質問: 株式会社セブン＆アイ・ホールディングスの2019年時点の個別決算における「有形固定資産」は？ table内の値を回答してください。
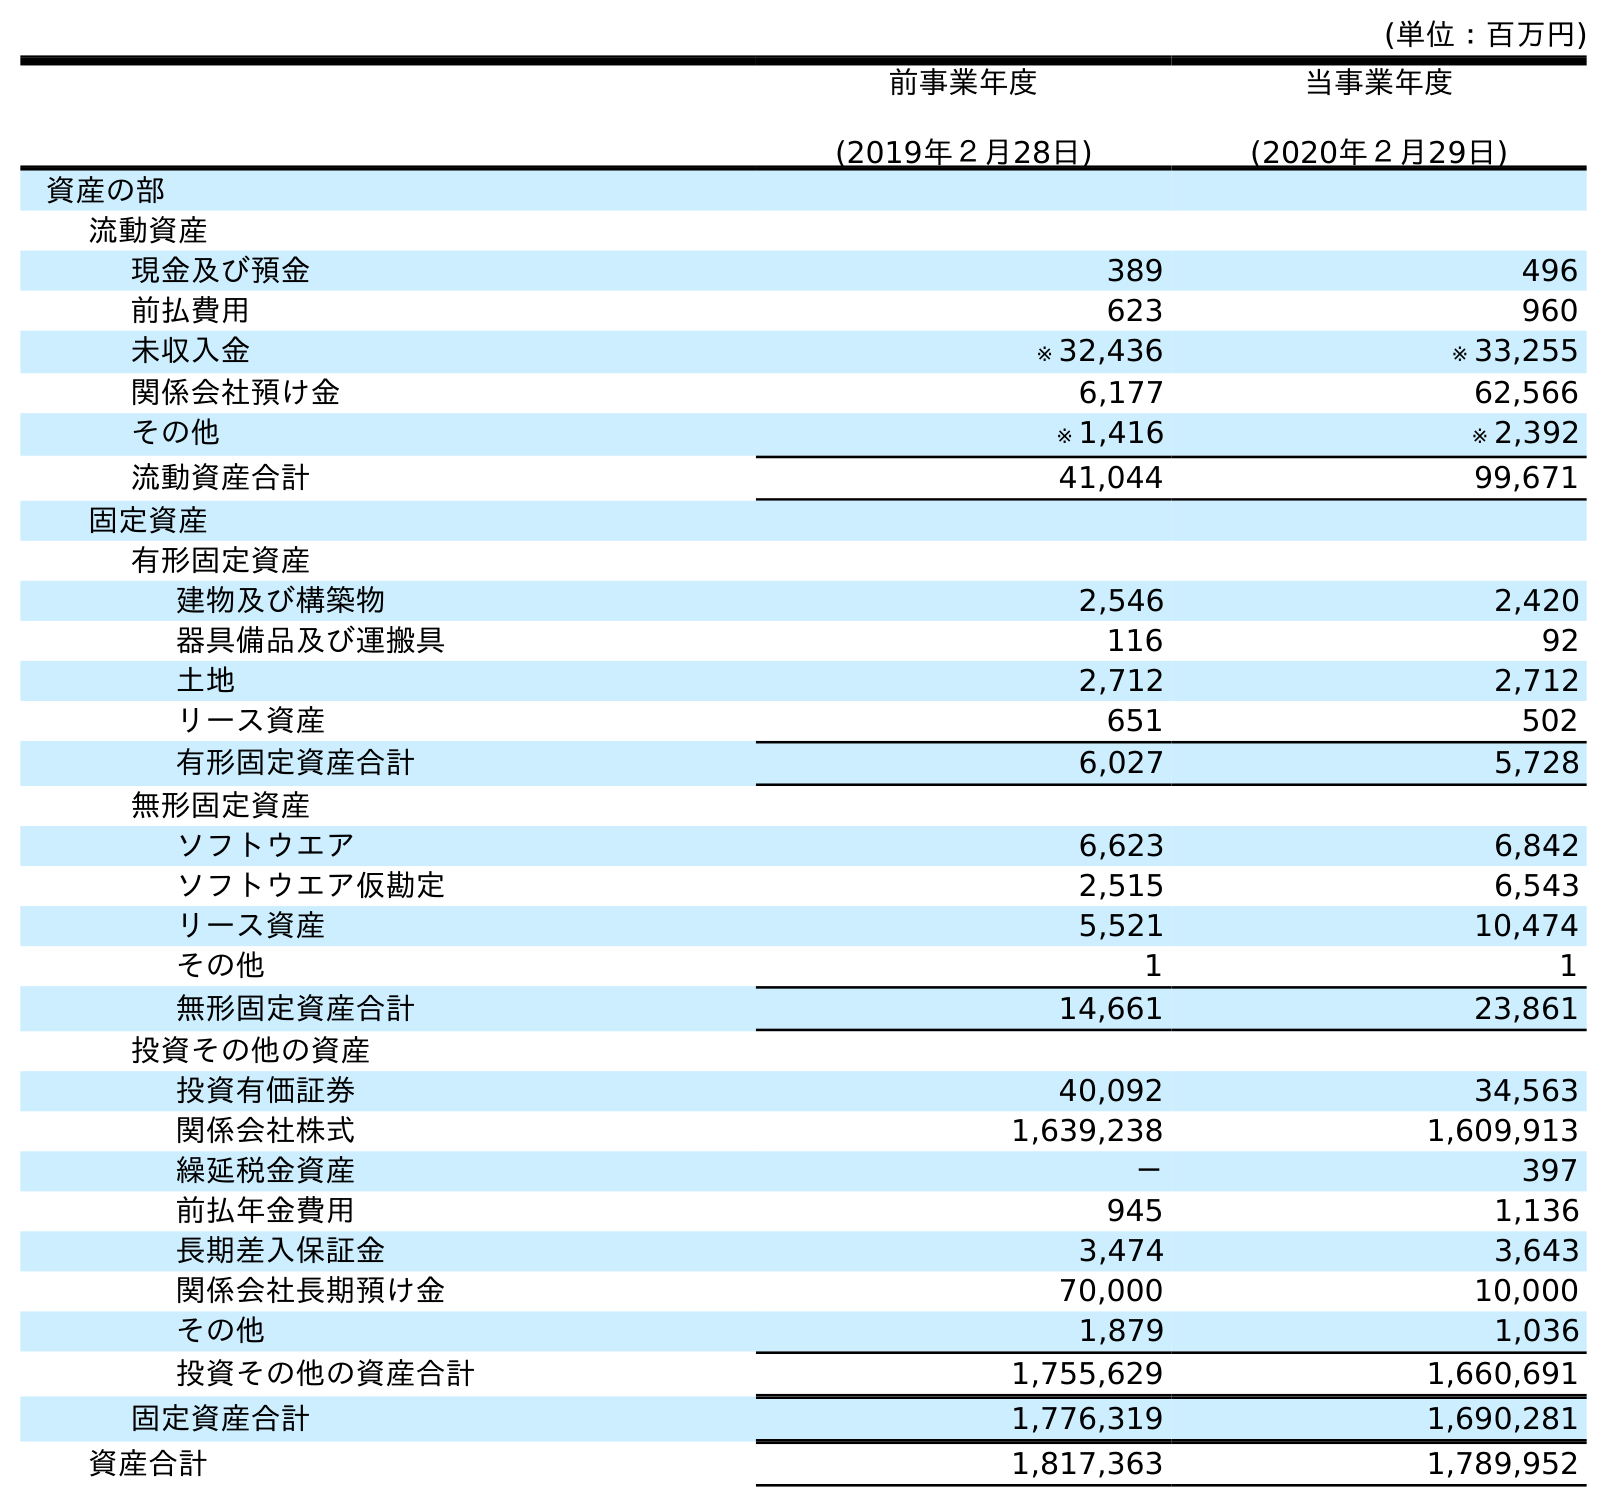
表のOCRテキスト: (単位：百万円) 前事業年度 (2019年２月28日) 当事業年度 (2020年２月29日) 資産の部 流動資産 現金及び預金 389 496 前払費用 623 960 未収入金 ※ 32,436 ※ 33,255 関係会社預け金 6,177 62,566 その他 ※ 1,416 ※ 2,392 流動資産合計 41,044 99,671 固定資産 有形固定資産 建物及び構築物 2,546 2,420 器具備品及び運搬具 116 92 土地 2,712 2,712 リース資産 651 502 有形固定資産合計 6,027 5,728 無形固定資産 ソフトウエア 6,623 6,842 ソフトウエア仮勘定 2,515 6,543 リース資産 5,521 10,474 その他 1 1 無形固定資産合計 14,661 23,861 投資その他の資産 投資有価証券 40,092 34,563 関係会社株式 1,639,238 1,609,913 繰延税金資産 － 397 前払年金費用 945 1,136 長期差入保証金 3,474 3,643 関係会社長期預け金 70,000 10,000 その他 1,879 1,036 投資その他の資産合計 1,755,629 1,660,691 固定資産合計 1,776,319 1,690,281 資産合計 1,817,363 1,789,952
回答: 6,027